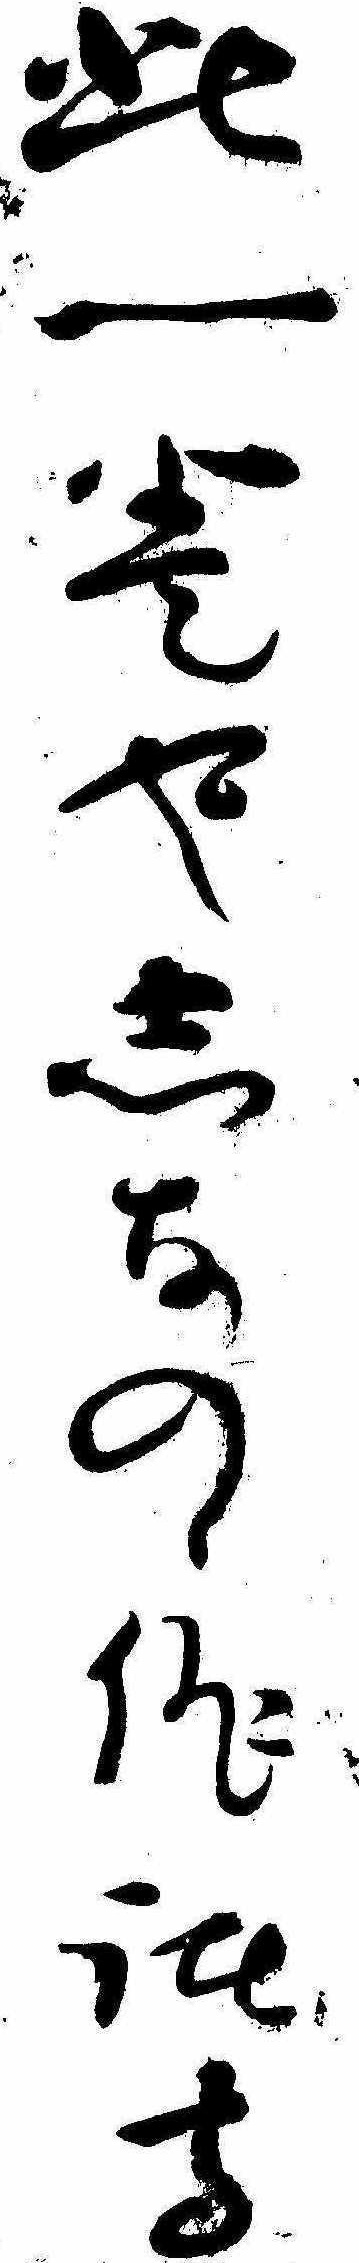
此一巻やしなのゝ俳諧寺